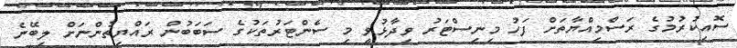
ސޮއިކުރުމުގެ ރަސްމިއްޔާތަށް ފަހު މިނިސްޓަރު ވިދާޅުވީ މި ސެންޓަރުތަކުގެ ސަބަބުން ރައްޔިތުންނަށް ލިބޭނެ